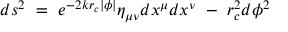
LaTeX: d s ^ { 2 } \ = \ e ^ { - 2 k r _ { c } | \phi | } { \eta } _ { \mu \nu } d x ^ { \mu } d x ^ { \nu } \ - \ r _ { c } ^ { 2 } d \phi ^ { 2 }